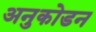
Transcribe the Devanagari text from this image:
अनुकोडन